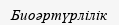
Биоәртүрлілік